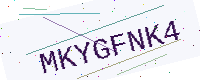
Text: MKYGFNK4